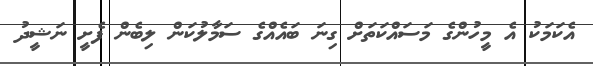
އެކަމަކު އެ މީހުންގެ މަސައްކަތަށް ގިނަ ބައެއްގެ ސަމާލުކަން ލިބެން ފެށީ ނަޝީދު